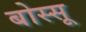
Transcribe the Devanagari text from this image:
बोस्सू